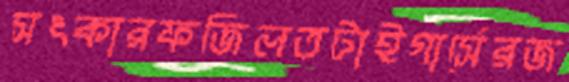
সৎকারফজিলতটাইগার্সেরজ